Plague in India, 1896, 1897 - Volume 2
Year: 1896
Disease focus: Plague
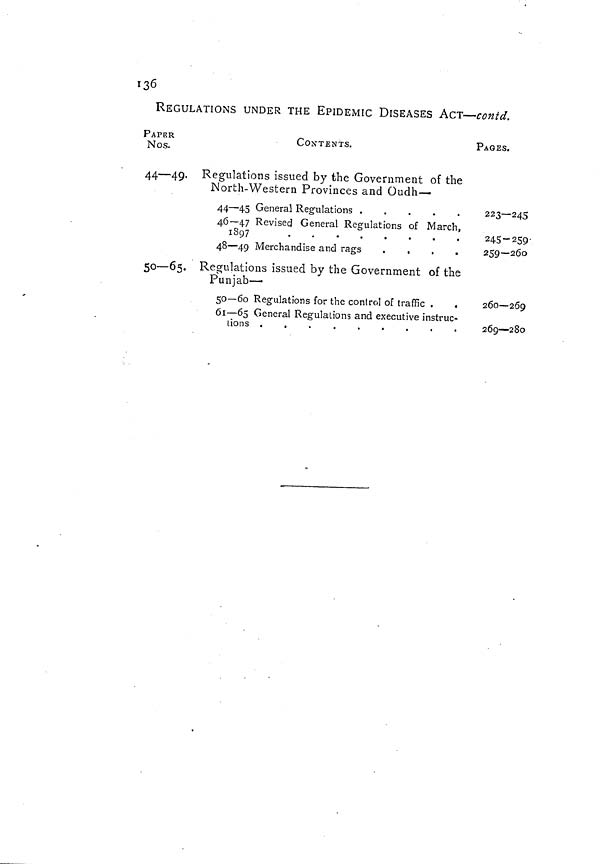
136
REGULATIONS UNDER THE EPIDEMIC DISEASES ACT—contd.
PAPER
Nos.
44—49-
50—65.
CONTENTS.
Regulations issued by the Government of the
North- Wester n Provinces and Oudh—
44 — 45 General Regulations
46—47 Revised General Regulations of March,
1897
48 — 49 Merchandise and rags
Regulations issued by the Government of the
Punjab —
50—60 Regulations for the control of traffic .
.
61 — 65 General Regulations and executive instruc-
tions
PAGES.
223—245
245-259
259—260
260—269
269 — 280